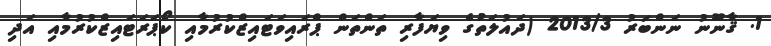
1. ޤާނޫނު ނަންބަރު 2013/3 (ދައުލަތުގެ ވިޔަފާރި ތަންތަން ޕްރައިވަޓައިޒްކުރުމާއި ކޯޕަރަޓައިޒްކުރުމާއި އަދި